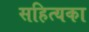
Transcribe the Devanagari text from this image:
सहित्यका